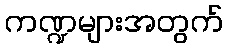
ကဏ္ဍများအတွက်